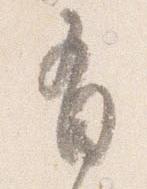
有